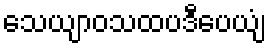
သေယျာဝသထပဒီပေယျံ